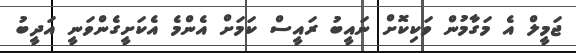
ޖަމީލް އެ މަގާމުން ވަކިކޮށް ނައީބު ރައީސް ކަމަށް އެންމެ އެކަށީގެންވަނީ އަދީބު